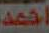
احمد